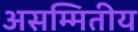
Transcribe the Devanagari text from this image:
असम्मितीय